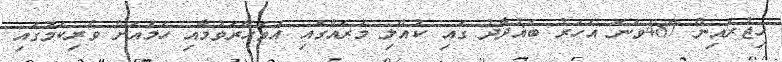
ހިޖުރައިން 487ވަނަ އަހަރު ބަޣުދާދު ގައި ކުއްލި މަރެއްގައި އަވަހާރަވުމާއި ހަމައަށް ވެރިކަމުގައި